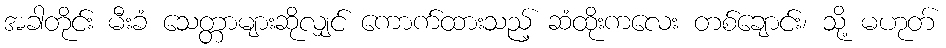
အခါတိုင်း မီးခံ သေတ္တာများဆိုလျှင် ကောက်ထားသည့် ဆံထိုးကလေး တစ်ချောင်း၊ သို့ မဟုတ်